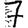
Digit: 7